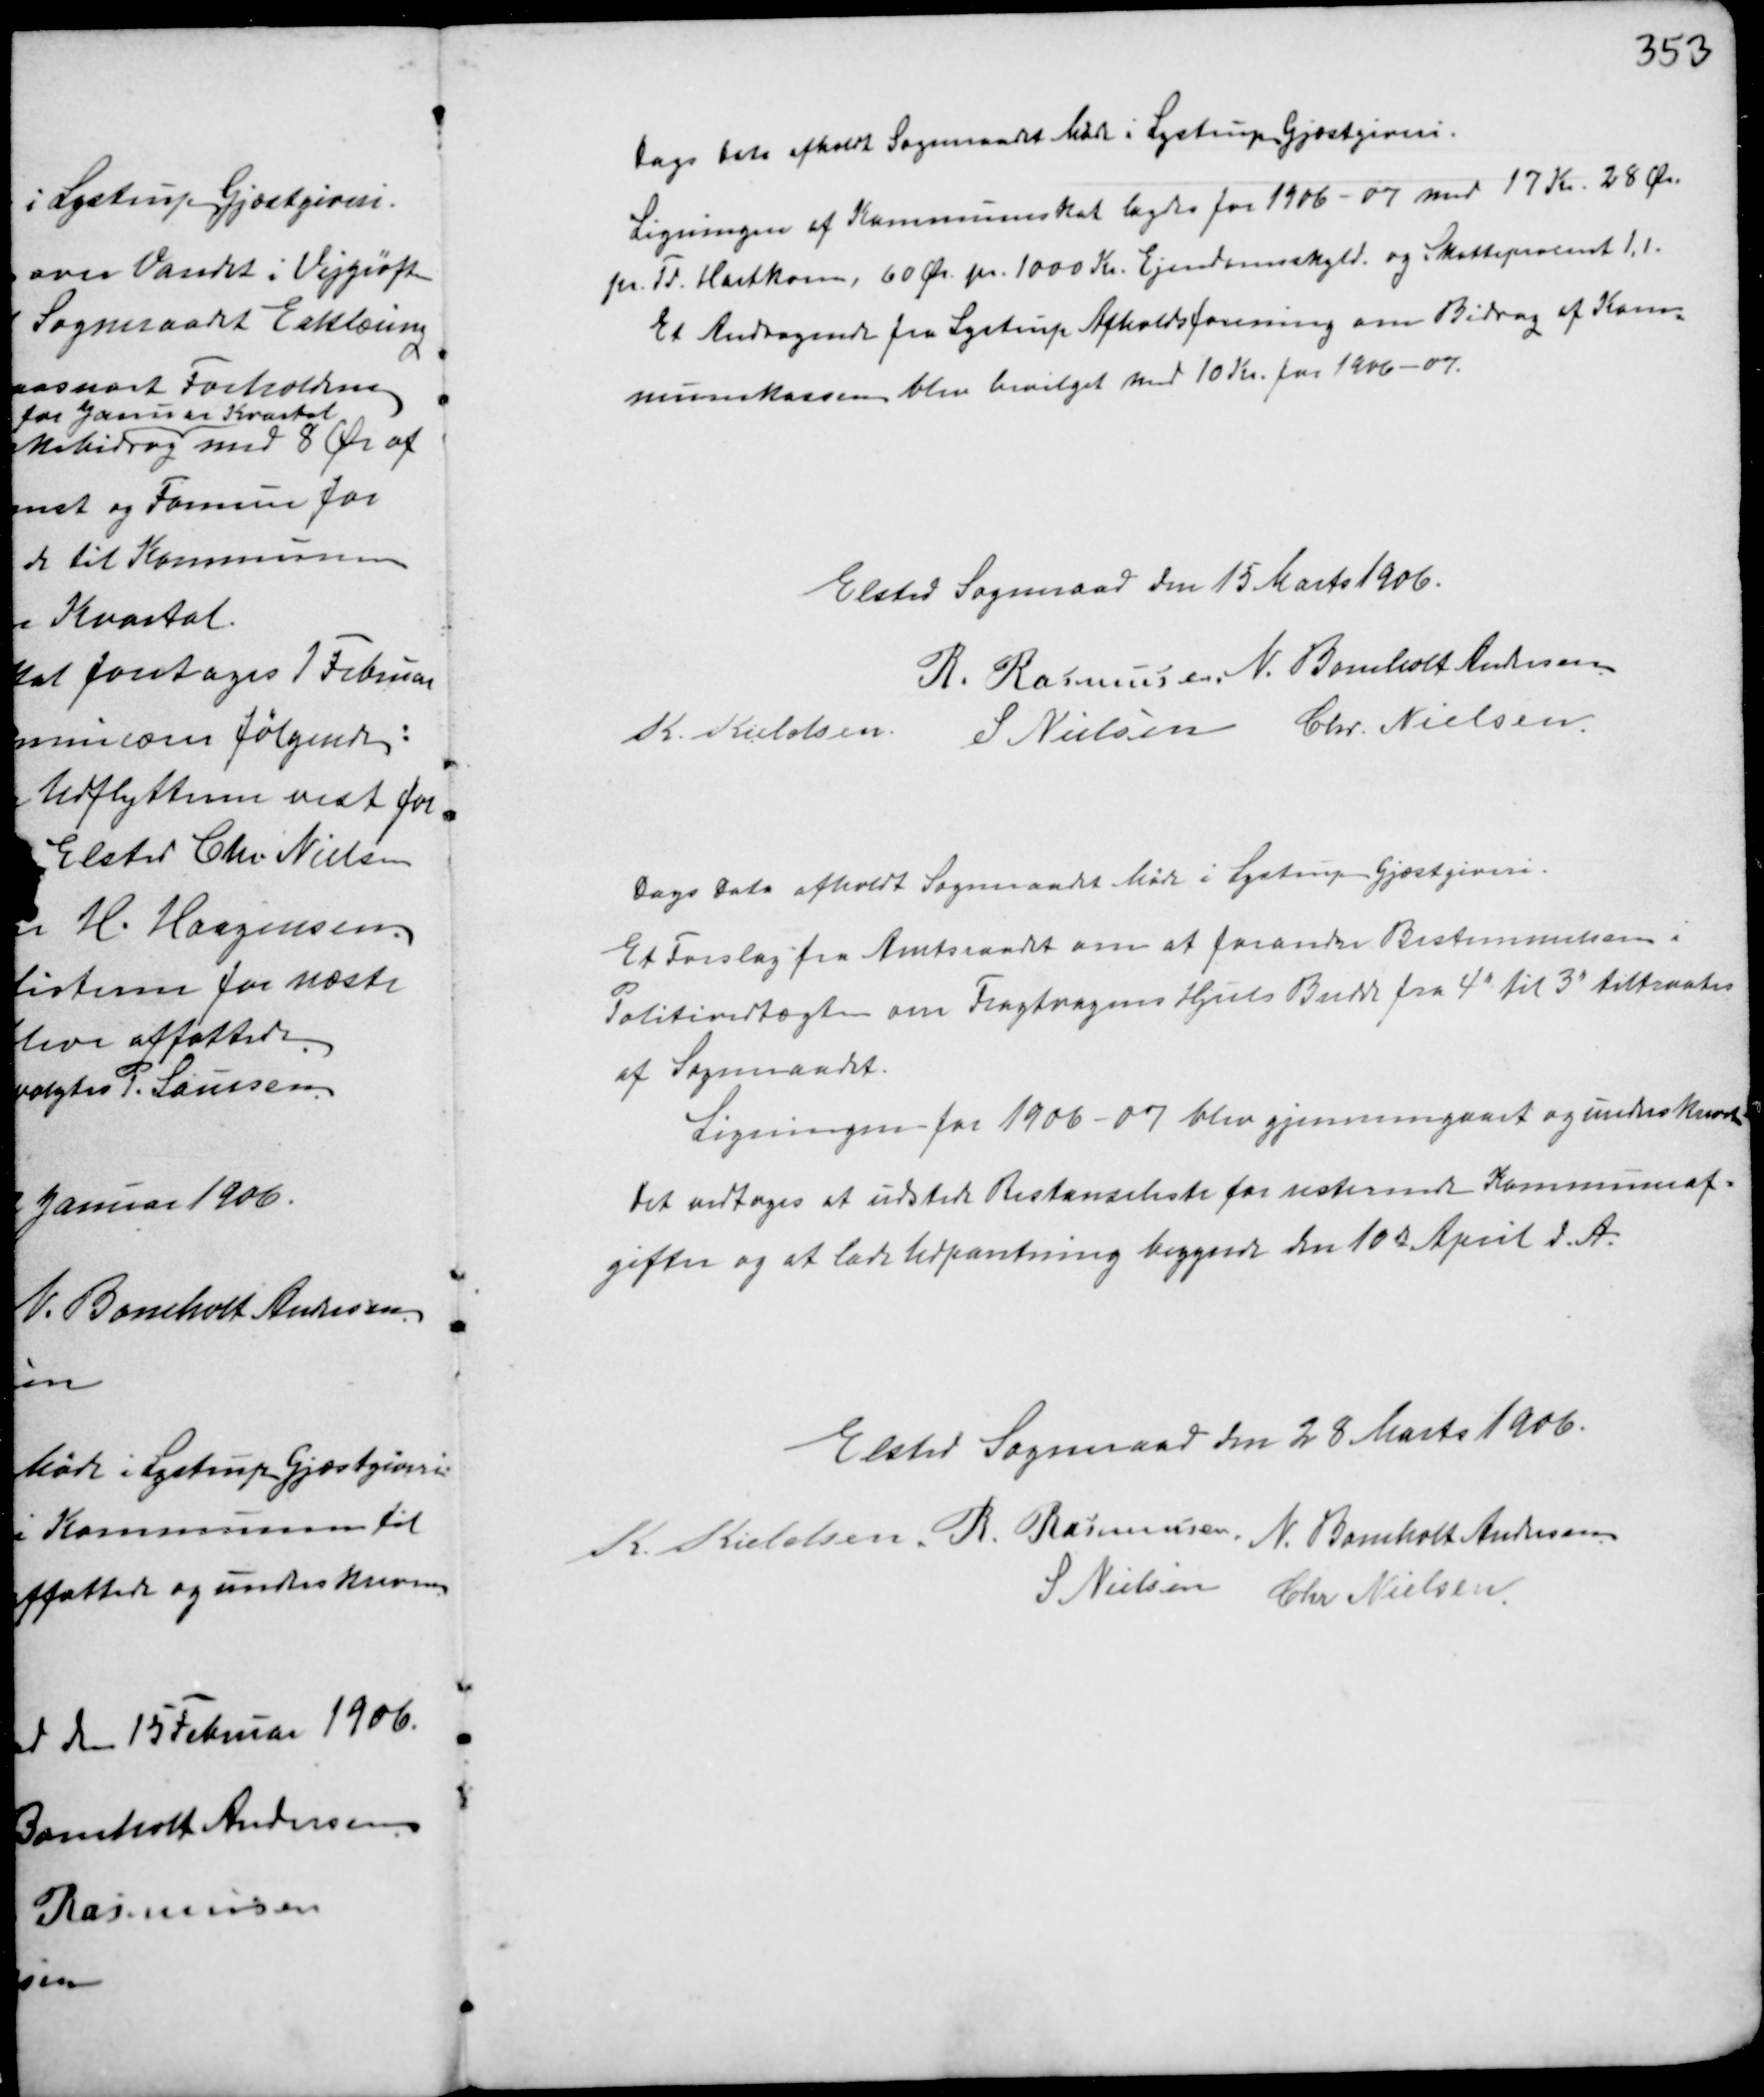
Transskription:
Dags Dato afholdt Sogneraadet Møde i Lystrup Gjæstgiveri.
Ligningen af Kommuneskat lagdes for 1906-07 med 17 Kr. 28 Ør.
pr Td. Hartkorn, 60 Ør. pr. 1000 Kr. Ejendomsskyld og Skatteprocent 1,1.
Et Andragende fra Lystrup Afholdsforening om Bidrag af Kom-
munekassen blev bevilget med 10 Kr. for 1906-07.

Elsted Sogneraad den 15 Marts 1906.
R. Rasmussen N. Bomholt Andersen
K. Kieldsen
S Nielsen Chr. Nielsen

Dags Dato afholdt Sogneraadet Møde i Lystrup Gjæstgiveri.
Et Forslag fra Amtsraadet om at forandre Bestemmelserne i
Politivedtægten om Fragtvognes Hjuls Bredde fra 4" til 3" tiltraates
af Sogneraadet.
Ligningen for 1906-07 blev gjennemgaaet og underskreven.
Det vedtoges at udstede Restanceliste for usternende Kommuneaf-
gifter og at lade Udpantning begynde den 10de April d.A.

Elsted Sogneraad den 28 Marts 1906.
K. Kieldsen R. Rasmussen N. Bomholt Andersen
S. NIelsen Chr Nielsen